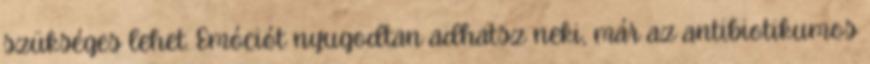
szükséges lehet. Emóciót nyugodtan adhatsz neki, már az antibiotikumos